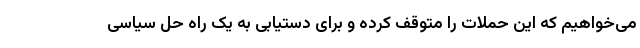
می‌خواهیم که این حملات را متوقف کرده و برای دستیابی به یک راه حل سیاسی